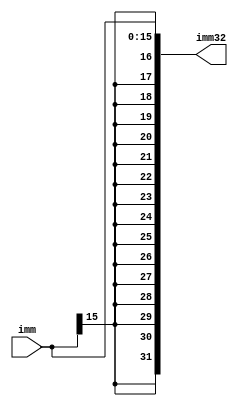
`timescale 1ns/1ps
module ImmediateExtender (
    input [15:0] imm,

    output reg [31:0] imm32
);

always @(imm) begin
    // copys the last bit of imm 16 times before imm
    // makes sure the sign of imm is not lost during sign extension
    imm32 = {{16{imm[15]}}, imm[15:0]};
end
endmodule